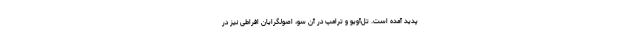
پدید آمده است. تل‌آویو و ترامپ در آن سو، اصولگرایان افراطی نیز در